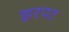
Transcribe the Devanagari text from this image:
झरपट